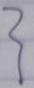
}